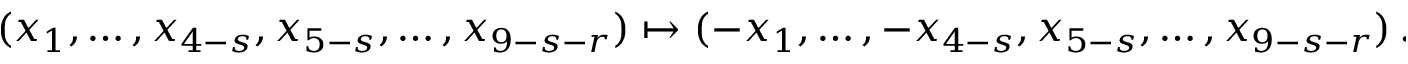
( x _ { 1 } , \dots , x _ { 4 - s } , x _ { 5 - s } , \dots , x _ { 9 - s - r } ) \mapsto ( - x _ { 1 } , \dots , - x _ { 4 - s } , x _ { 5 - s } , \dots , x _ { 9 - s - r } ) \, .